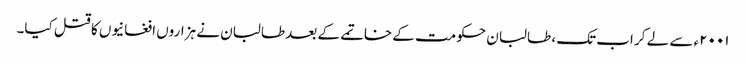
۲۰۰۱ء سے لے کر اب تک، طالبان حکومت کے خاتمے کے بعد طالبان نے ہزاروں افغانیوں کا قتل کیا۔